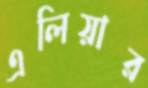
এলিয়ার